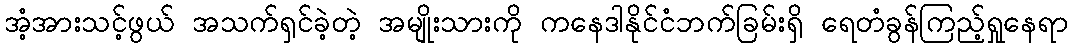
အံ့အားသင့်ဖွယ် အသက်ရှင်ခဲ့တဲ့ အမျိုးသားကို ကနေဒါနိုင်ငံဘက်ခြမ်းရှိ ရေတံခွန်ကြည့်ရှုနေရာ